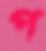
প